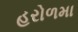
હરોળમા